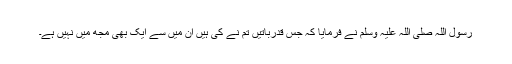
رسول اللہ صلی اللہ علیہ وسلم نے فرمایا کہ جس قدرباتیں تم نے کی ہیں ان میں سے ایک بھی مجھ میں نہیں ہے۔